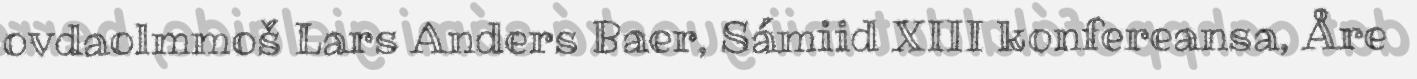
ovdaolmmoš Lars Anders Baer, Sámiid XIII konfereansa, Åre